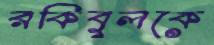
রকিবুলকে